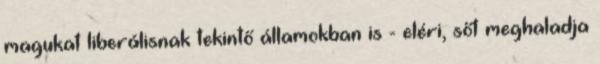
magukat liberálisnak tekintő államokban is - eléri, sőt meghaladja